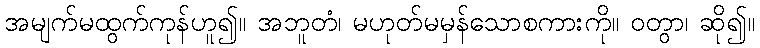
အမျက်မထွက်ကုန်ဟူ၍။ အဘူတံ၊ မဟုတ်မမှန်သောစကားကို။ ဝတွာ၊ ဆို၍။